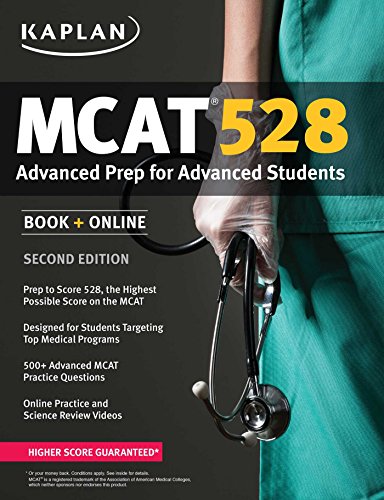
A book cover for Kaplan MCAT 528: Advanced Prep for Advanced Students (Kaplan Test Prep); Kaplan; Test Preparation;